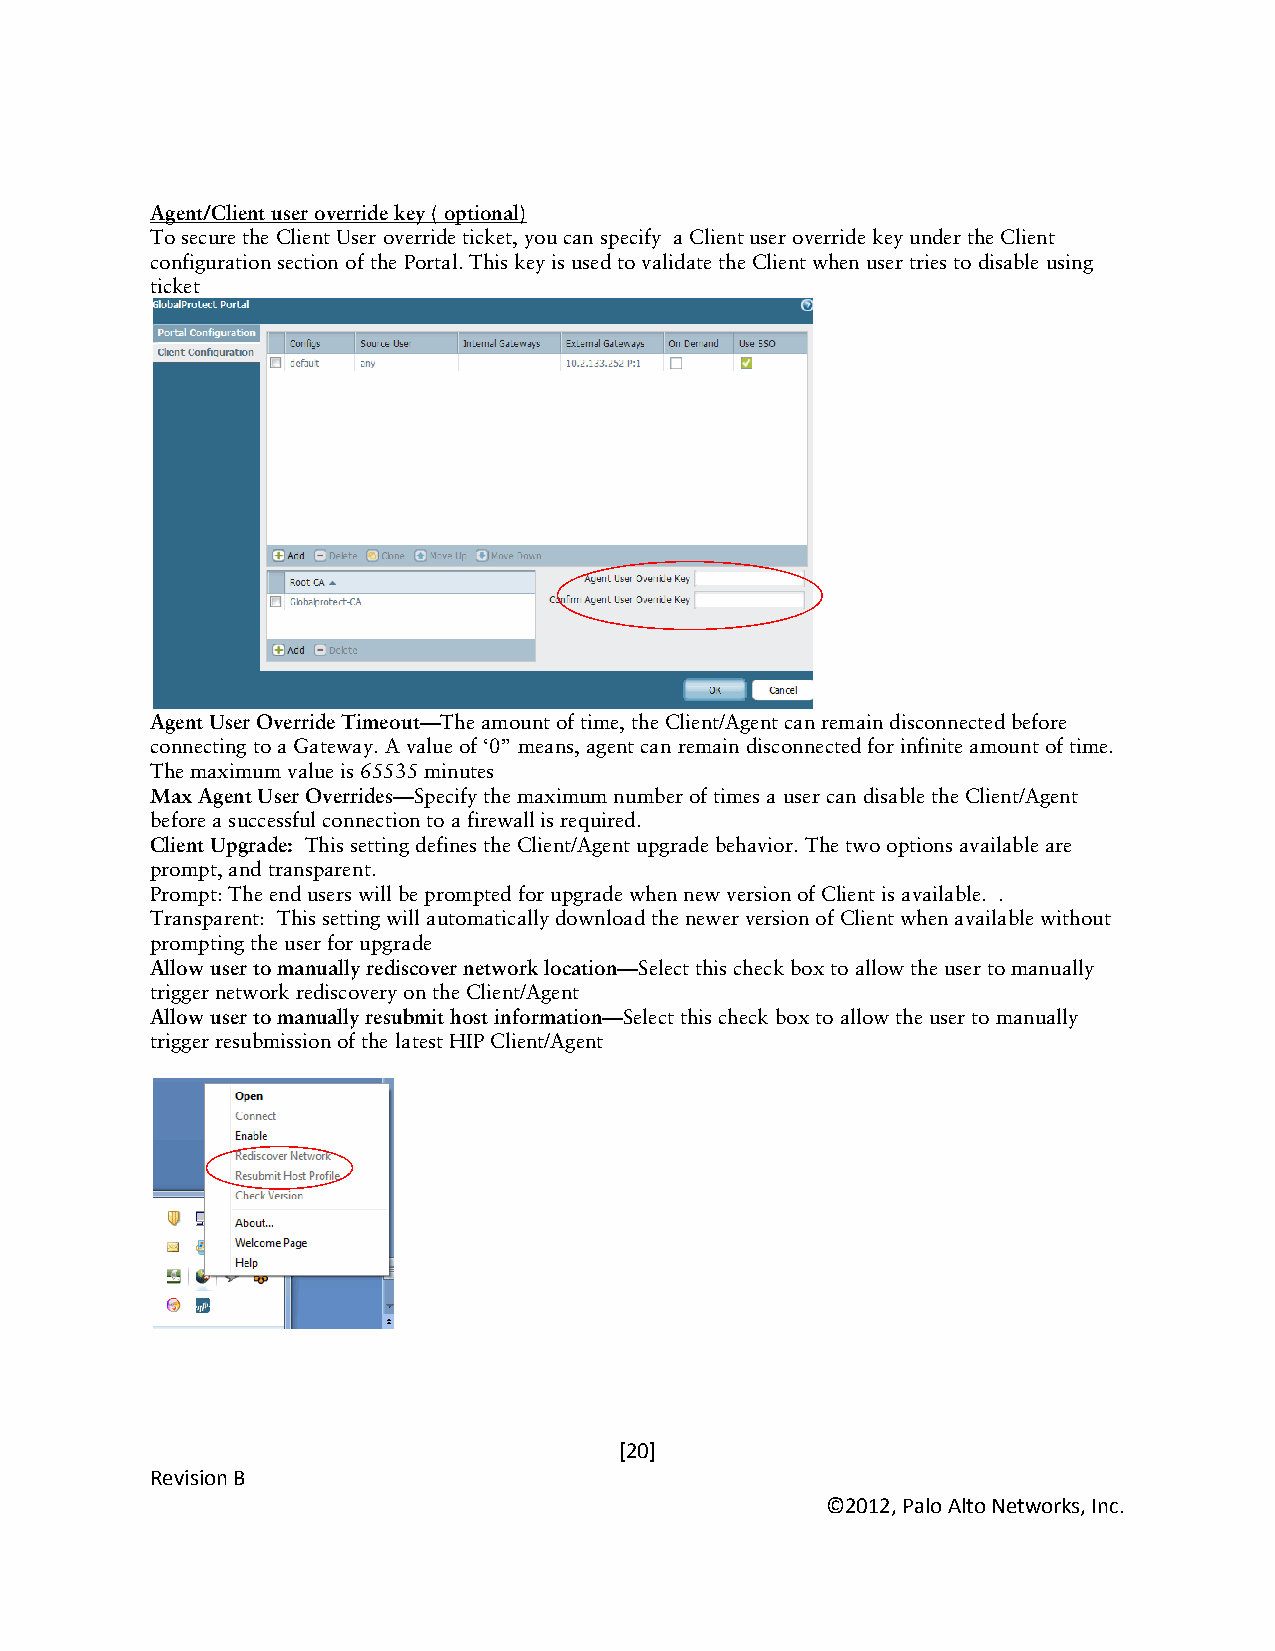
Agent/Client user override key ( optional)
 To secure the Client User override ticket, you can specify a Client user override key under the Client
 configuration section of the Portal. This key is used to validate the Client when user tries to disable using
 ticket
 Agent User Override Timeout—The amount of time, the Client/Agent can remain disconnected before
 connecting to a Gateway. A value of ‘0” means, agent can remain disconnected for infinite amount of time.
 The maximum value is 65535 minutes
 Max Agent User Overrides—Specify the maximum number of times a user can disable the Client/Agent
 before a successful connection to a firewall is required.
 Client Upgrade: This setting defines the Client/Agent upgrade behavior. The two options available are
 prompt, and transparent.
 Prompt: The end users will be prompted for upgrade when new version of Client is available. .
 Transparent: This setting will automatically download the newer version of Client when available without
 prompting the user for upgrade
 Allow user to manually rediscover network location—Select this check box to allow the user to manually
 trigger network rediscovery on the Client/Agent
 Allow user to manually resubmit host information—Select this check box to allow the user to manually
 trigger resubmission of the latest HIP Client/Agent
 [20]
 Revision B
 ©2012, Palo Alto Networks, Inc.